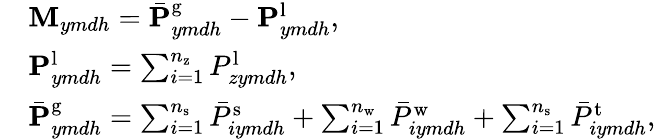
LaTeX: \begin{array}{rl}&{\mathbf{M}_{ymdh}=\bar{\mathbf{P}}_{ymdh}^{\mathrm{g}}-{\mathbf{P}}_{ymdh}^{\mathrm{l}},}\\ &{\mathbf{P}_{ymdh}^{\mathrm{l}}=\sum_{i=1}^{n_{\mathrm{z}}}{P}_{zymdh}^{\mathrm{l}},}\\ &{\bar{\mathbf{P}}_{ymdh}^{\mathrm{g}}=\sum_{i=1}^{n_{\mathrm{s}}}\bar{P}_{iymdh}^{\mathrm{s}}+\sum_{i=1}^{n_{\mathrm{w}}}\bar{P}_{iymdh}^{\mathrm{w}}+\sum_{i=1}^{n_{\mathrm{s}}}\bar{P}_{iymdh}^{\mathrm{t}},}\end{array}